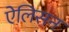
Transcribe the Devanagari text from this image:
ऐलिसन